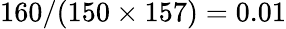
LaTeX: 160/(150\times 157)=0.01